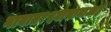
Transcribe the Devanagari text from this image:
गावात१दवाखानाआहे